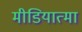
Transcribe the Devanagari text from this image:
मीडियात्मा